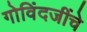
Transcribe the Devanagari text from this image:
गोविंदजींचे